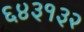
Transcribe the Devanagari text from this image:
६४३१३२